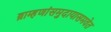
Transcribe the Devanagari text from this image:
ब्राम्हणांसमुदायासमवेत